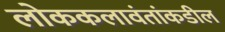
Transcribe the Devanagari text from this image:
लोककलावंतांकडील